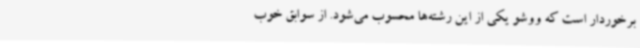
برخوردار است که ووشو یکی از این رشته‌ها محسوب می‌شود. از سوابق خوب